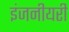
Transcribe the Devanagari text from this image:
इंजनीयरी